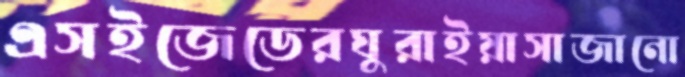
এসইজেডেরঘুরাইয়াসাজানো